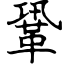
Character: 鞏